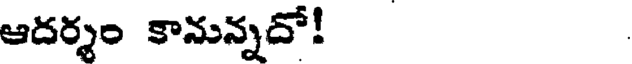
ఆదర్శం కానున్నదో!